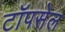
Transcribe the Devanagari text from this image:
टॉपसेल